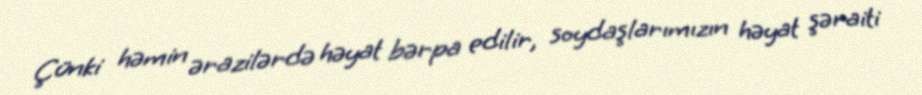
Çünki həmin ərazilərdə həyat bərpa edilir, soydaşlarımızın həyat şəraiti